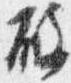
破